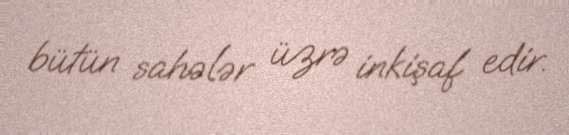
bütün sahələr üzrə inkişaf edir.